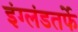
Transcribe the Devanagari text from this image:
इंग्लंडतर्फे